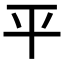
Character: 平